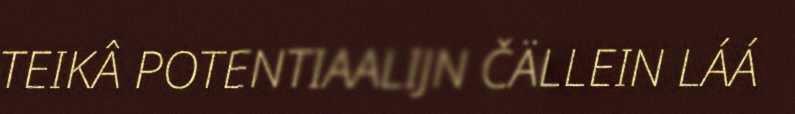
TEIKÂ POTENTIAALIJN ČÄLLEIN LÁÁ